Problem: 6 + 29 = ?
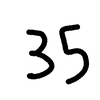
Handwritten answer: 35